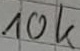
Text: 10k